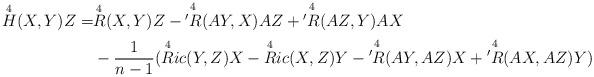
LaTeX: \begin{align*}\overset{4}{H} (X,Y)Z = & \overset{4}{R} (X,Y)Z - \overset{4}{'R} (AY,X)AZ + \overset{4}{'R} (AZ,Y)AX \\ & - \frac{1}{n-1} ( \overset{4}{R}ic (Y,Z)X - \overset{4}{R}ic (X,Z)Y - \overset{4}{'R} (AY,AZ)X + \overset{4}{'R} (AX,AZ)Y ) \end{align*}